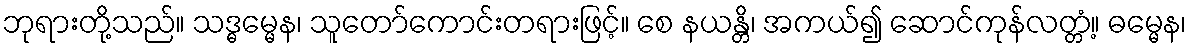
ဘုရားတို့သည်။ သဒ္ဓမ္မေန၊ သူတော်ကောင်းတရားဖြင့်။ စေ နယန္တိ၊ အကယ်၍ ဆောင်ကုန်လတ္တံ့။ ဓမ္မေန၊